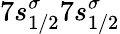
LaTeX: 7s_{1/2}^{\sigma}7s_{1/2}^{\sigma}